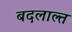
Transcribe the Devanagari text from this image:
बदलाल्त